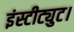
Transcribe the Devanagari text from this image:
इंस्टीट्युट।